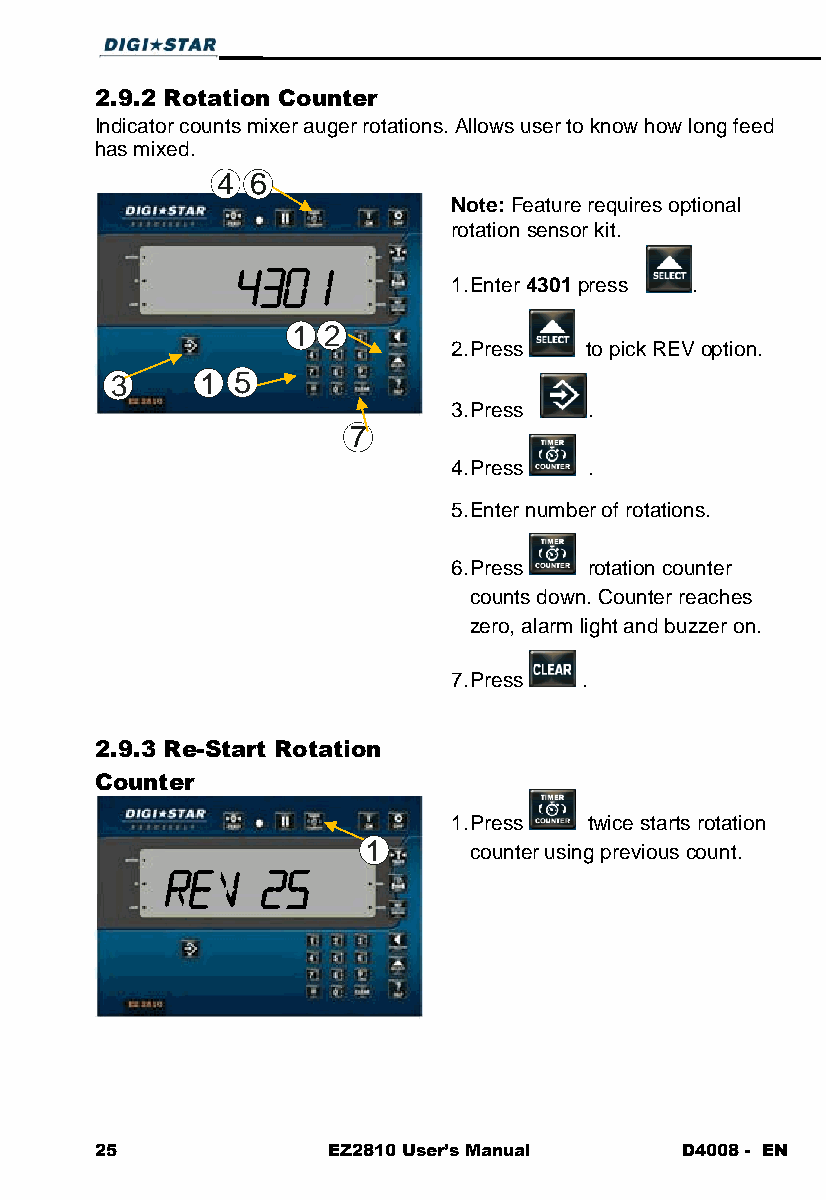
2.9.2 Rotation Counter
 Indicator counts mixer auger rotations. Allows user to know how long feed
 has mixed.
 4  6
 Note: Feature requires optional
 rotation sensor kit.
 1. Enter 4301 press .
 1 2
 2. Press to pick REV option.
 3     1 5
 3. Press .
 7
 4. Press .
 5. Enter number of rotations.
 6. Press rotation counter
 counts down. Counter reaches
 zero, alarm light and buzzer on.
 7. Press .
 2.9.3 Re-Start Rotation
 Counter
 1. Press twice starts rotation
 1      counter using previous count.
 25              EZ2810 User’s Manual   D4008 - EN